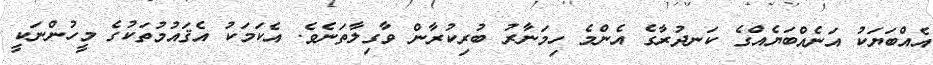
އެއްބަޔަކު އަނެއްބަޔެއްގެ ކަނދުރާގެ އެންމެ ހިމަނާރު ބުރިކުރާން ވާގިލާތަނެވެ. އެކަމަކު އެޤައުމުތަކުގެ މީހުންނަކީ